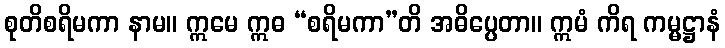
စုတိစရိမကာ နာမ။ ဣမေ ဣဓ “စရိမကာ”တိ အဓိပ္ပေတာ။ ဣမံ ကိရ ကမ္မဋ္ဌာနံ